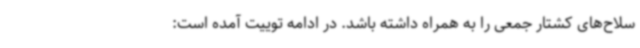
سلاح‌های کشتار جمعی را به همراه داشته باشد. در ادامه توییت آمده است: